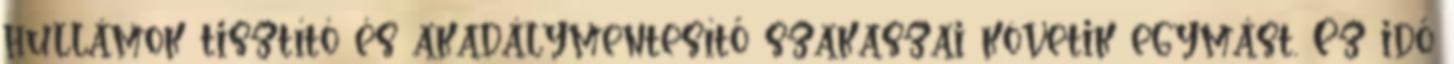
hullámok tisztító és akadálymentesítő szakaszai követik egymást. Ez idő